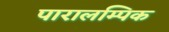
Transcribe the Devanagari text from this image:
पारालम्पिक